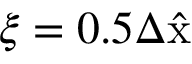
\xi = 0 . 5 \Delta \hat { \mathrm { x } }